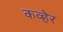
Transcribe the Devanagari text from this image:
कव्हेर